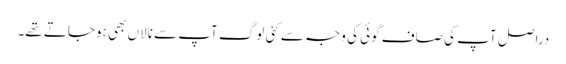
دراصل آپ کی صاف گوئی کی وجہ سے کئی لوگ آپ سے نالاں بھی ہوجاتے تھے۔